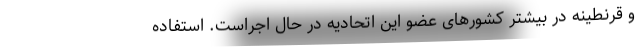
و قرنطینه در بیشتر کشورهای عضو این اتحادیه در حال اجراست. استفاده